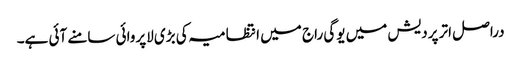
دراصل اتر پردیش میں یوگی راج میں انتظامیہ کی بڑی لاپروائی سامنے آئی ہے۔